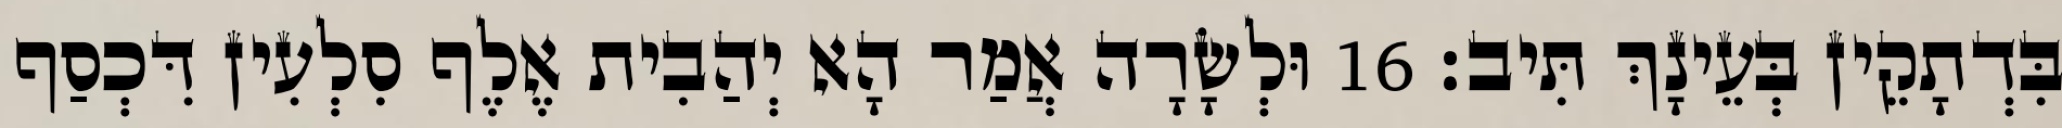
בִּדְתָקֵין בְּעֵינָךְ תִּיב׃ 16 וּלְשָׂרָה אֲמַר הָא יְהַבִית אֶלֶף סִלְעִין דִּכְסַף